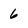
Character: 6